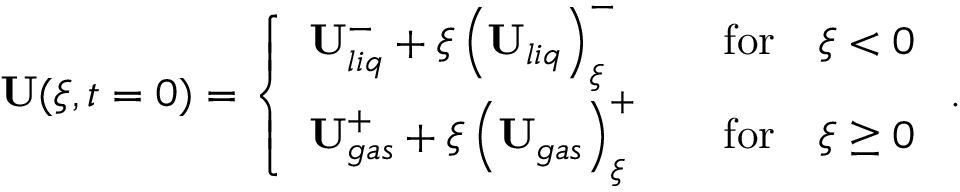
\begin{array} { r } { \mathbf { U } ( \xi , t = 0 ) = \left\{ \begin{array} { l l } { \mathbf { U } _ { l i q } ^ { - } + \xi \left( \mathbf { U } _ { l i q } \right) _ { \xi } ^ { - } \quad } & { \mathrm { f o r } \quad \xi < 0 } \\ { \mathbf { U } _ { g a s } ^ { + } + \xi \left( \mathbf { U } _ { g a s } \right) _ { \xi } ^ { + } \quad } & { \mathrm { f o r } \quad \xi \geq 0 } \end{array} \right. . } \end{array}